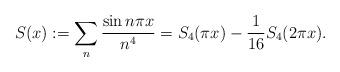
LaTeX: \begin{align*} S(x) := \sum_{n } \frac{\sin n\pi x}{n^4} = S_4 (\pi x) - \frac{1}{16} S_4 (2\pi x) .\end{align*}